Annual vaccination report of Bihar and Orissa - 1911-1928
Year: 1911
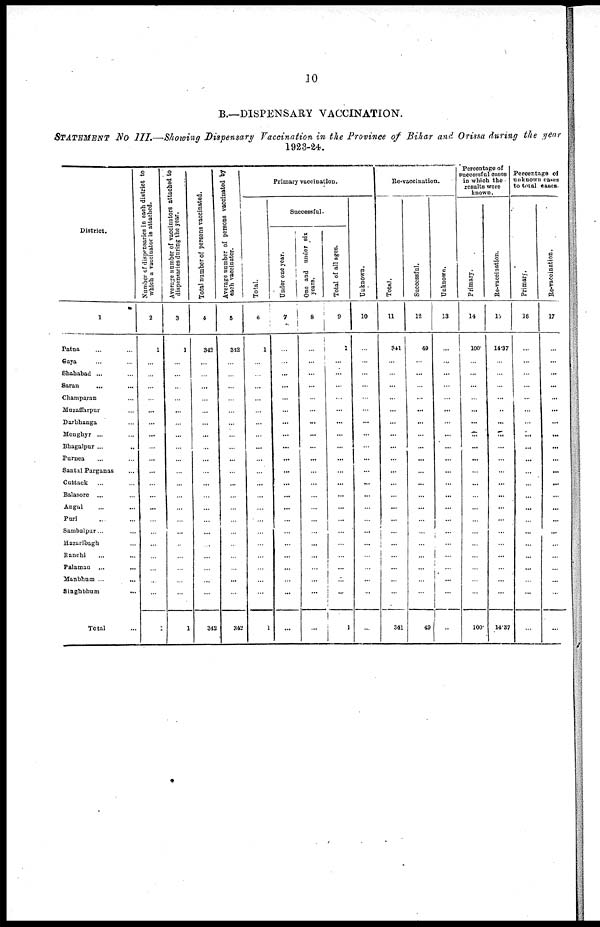
10
B.—DISPENSARY VACCINATION.
STATEMENT NO III.—Showing Dispensary Vaccination in the Province of Bihar and Orissa during the year
1923-24.
District.
1
Patna ... ...
Gaya ... ...
Shahabad ... ...
Saran ... ...
Champaran ...
Muzaffarpur ...
Darbhanga ...
Monghyr ... ...
Bhagalpur ... ...
Purnea ... ...
Santal Parganas ...
Cuttack ... ...
Balasore ... ...
Angul ... ...
Puri ... ...
Sambalpur... ...
Hazaribagh ... ...
Ranchi ... ...
Palamau ... ...
Manbhum ... ...
Singhbhum ...
Total ...
Number of dispensaries in each district to
which a vaccinator is attached.
2
1
...
...
...
...
...
...
...
...
...
...
...
...
...
...
...
...
...
...
...
...
1
Average number of vaccinators attached to
dispensaries during the year.
3
1
...
...
...
...
...
...
...
...
...
...
...
...
...
...
...
...
...
...
...
...
1
Total number of persons vaccinated.
4
342
...
...
...
...
...
...
...
...
...
...
...
...
...
...
...
...
...
...
...
...
342
Average number of persons vaccinated by
each vaccinator.
5
342
...
...
...
...
...
...
...
...
...
...
...
...
...
...
...
...
...
...
...
342
Primary vaccination.
Total.
6
1
...
...
...
...
...
...
...
...
...
...
...
...
...
...
...
...
...
...
...
...
1
Successful.
Under one year.
7
...
...
...
...
...
...
...
...
...
...
...
...
...
...
...
...
...
...
...
...
...
...
One and under six
years.
8
...
...
...
...
...
...
...
...
...
...
...
...
...
...
...
...
...
...
...
...
...
...
Total of all ages.
9
1
...
...
...
...
...
...
...
...
...
...
...
...
...
...
...
...
...
...
...
...
...
Unknown.
10
...
...
...
...
...
...
...
...
...
...
...
...
...
...
...
...
...
...
...
...
...
...
Re-vaccination.
Total.
11
341
...
...
...
...
...
...
...
...
...
...
...
...
...
...
...
...
...
...
...
...
341
Successful.
12
49
...
...
...
...
...
...
...
...
...
...
...
...
...
...
...
...
...
...
...
...
49
Unknown.
13
...
...
...
...
...
...
...
...
...
...
...
...
...
...
...
...
...
...
...
...
...
...
Percentage of
successful cases
in which the
results were
known.
Primary.
14
100.
...
...
...
...
...
...
...
...
...
...
...
...
...
...
...
...
...
...
...
...
100.
Re-vaccination.
15
14.37
...
...
...
...
...
...
...
...
...
...
...
...
...
...
...
...
...
...
...
...
14.37
Percentage of
unknown cases
to total cases.
Primary.
16
...
...
...
...
...
...
...
...
...
...
...
...
...
...
...
...
...
...
...
...
...
...
Re-vaccination.
17
...
...
...
...
...
...
...
...
...
...
...
...
...
...
...
...
...
...
...
...
...
...